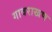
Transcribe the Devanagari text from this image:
गावराखण